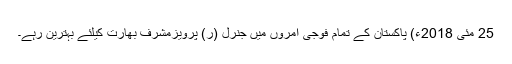
25 مئی 2018ء) پاکستان کے تمام فوجی آمروں میں جنرل (ر) پرویزمشرف بھارت کیلئے بہترین رہے۔